Civil Veterinary Dept. North-West Frontier Province 1901-22 - 1901-1922
Year: 1901
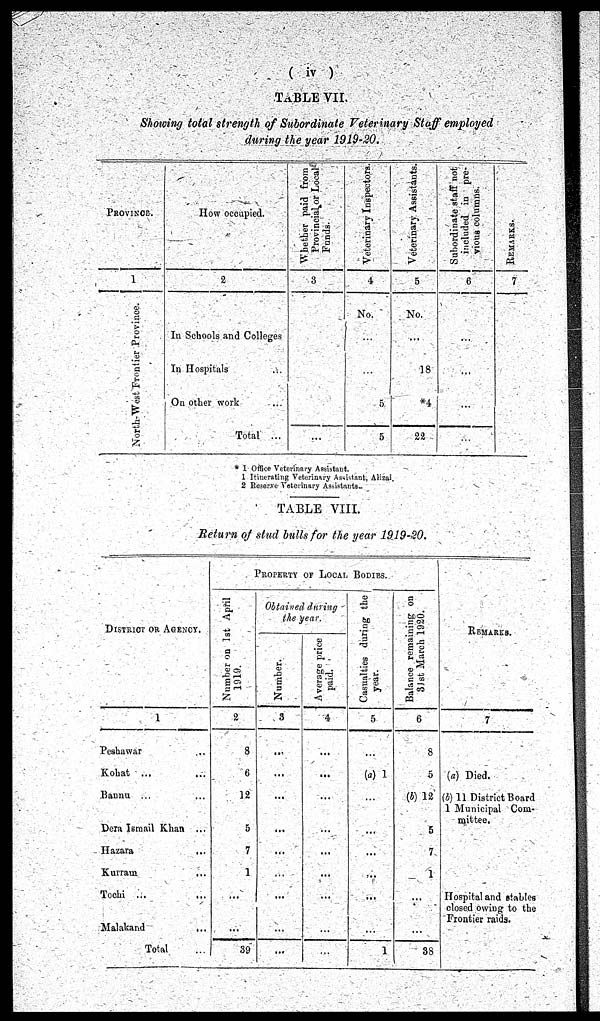
(iv)
TABLE VII.
Showing total strength of Subordinate Veterinary Staff employed
during the year 1919-20.
PROVINCE.
1
North-West Frontier Province.
How occupied.
2
In Schools and Colleges
In Hospitals ...
On other work ...
Total ...
Whether paid from
Provincial or Local
Funds.
3
...
Veterinary Inspectors.
4
No.
...
...
5
5
Veterinary Assistants.
5
No.
...
18
*4
22
Subordinate staff not
included in pre-
vious columns.
6
...
...
...
...
REMARKS.
7
* 1 Office Veterinary Assistant.
1 Itinerating Veterinary Assistant, Alizai.
2 Reserve Veterinary Assistants.
TABLE VIII.
Return of stud bulls for the year 1919-20.
DISTRICT OR AGENCY.
1
Peshawar ...
Kohat ... ...
Bannu ... ...
Dera Ismail Khan ...
Hazara ...
Kurram ...
Tochi ... ...
Malakand ...
Total ...
PROPERTY OF LOCAL BODIES.
Number on 1st April
1919.
2
8
6
12
5
7
1
...
...
39
Obtained during
the year.
Number.
3
...
...
...
...
...
...
...
...
...
Average price
paid.
4
...
...
...
...
...
...
...
...
...
Casualties during the
year.
5
...
(a) 1
...
...
...
...
...
...
1
Balance remaining on
31st March 1920.
6
8
5
(b) 12
5
7
1
...
...
38
REMARKS.
7
(a) Died.
(b) 11 District Board
1 Municipal Com-
mittee.
Hospital and stables
closed owing to the
Frontier raids.